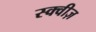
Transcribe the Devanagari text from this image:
स्क्वीज़